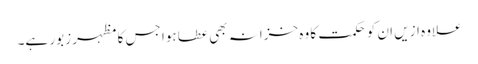
علاوہ ازیں ان کو حکمت کا وہ خزانہ بھی عطا ہوا جس کا مظہر زبور ہے۔